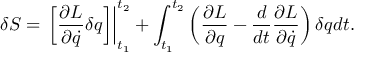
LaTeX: \delta S = \left. \left[ { \frac { \partial L } { \partial { \dot { q } } } } \delta q \right] \right| _ { t _ { 1 } } ^ { t _ { 2 } } + \int _ { t _ { 1 } } ^ { t _ { 2 } } \left( { \frac { \partial L } { \partial q } } - { \frac { d } { d t } } { \frac { \partial L } { \partial { \dot { q } } } } \right) \delta q d t .